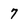
Character: 7